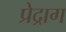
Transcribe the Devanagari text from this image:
प्रेद्राग